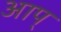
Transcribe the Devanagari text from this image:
आप्